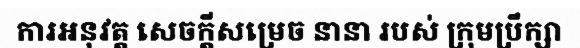
ការអនុវត្ត សេចក្តីសម្រេច នានា របស់ ក្រុមប្រឹក្សា